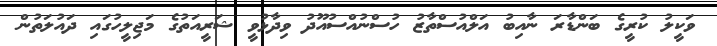
ވަކީލު ކުރީގެ ބަންޑާރަ ނާއިބު އަލްއުސްތާޒު ހުސްނުއްސުއޫދު ވިދާޅުވީ ޝަރީއަތުގެ މަޖިލީހުގައި ދައުލަތުން